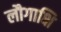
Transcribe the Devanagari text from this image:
लौगाक्षि